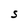
Character: S